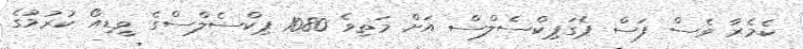
ކެމެރާ ވެސް ފަސް ޕެގަޕިކްސެލްސް އަށް މަތިވެ 1080 ޕިކްސެލްސްގެ ވީޑިއޯ ކުރުމުގެ